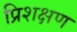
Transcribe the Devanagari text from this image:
प्रिशक्षण